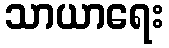
သာယာရေး